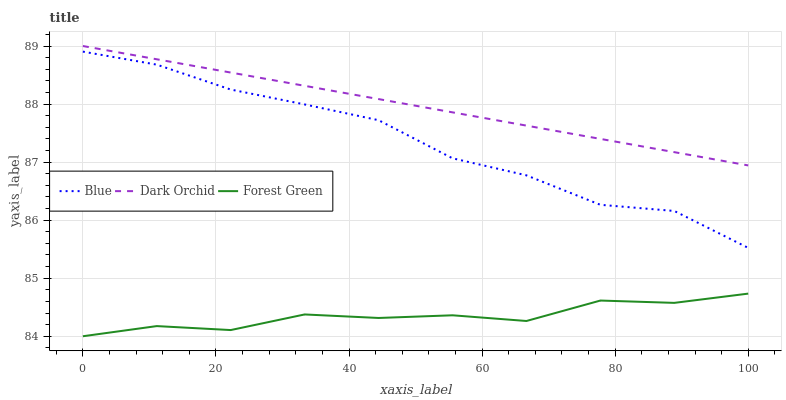
| xaxis_label | Blue | Dark Orchid | Forest Green |
 | --- | --- | --- | --- |
 | 0 | 88.9 | 89 | 84 |
 | 11.1 | 88.7 | 88.8 | 84.2 |
 | 22.2 | 88.3 | 88.5 | 84.1 |
 | 33.3 | 88 | 88.3 | 84.4 |
 | 44.4 | 87.7 | 88.1 | 84.3 |
 | 55.6 | 87.1 | 87.9 | 84.4 |
 | 66.7 | 86.8 | 87.6 | 84.3 |
 | 77.8 | 86.3 | 87.4 | 84.6 |
 | 88.9 | 86.2 | 87.2 | 84.6 |
 | 100 | 85.5 | 86.9 | 84.7 |